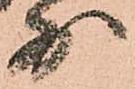
少